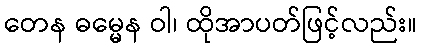
တေန ဓမ္မေန ဝါ၊ ထိုအာပတ်ဖြင့်လည်း။